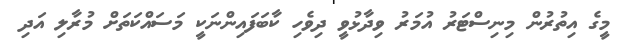
މީގެ އިތުރުން މިނިސްޓަރު އުމަރު ވިދާޅުވީ ދިވެހި ކާބަފައިންނަކީ މަސައްކަތަށް މުރާލި އަދި